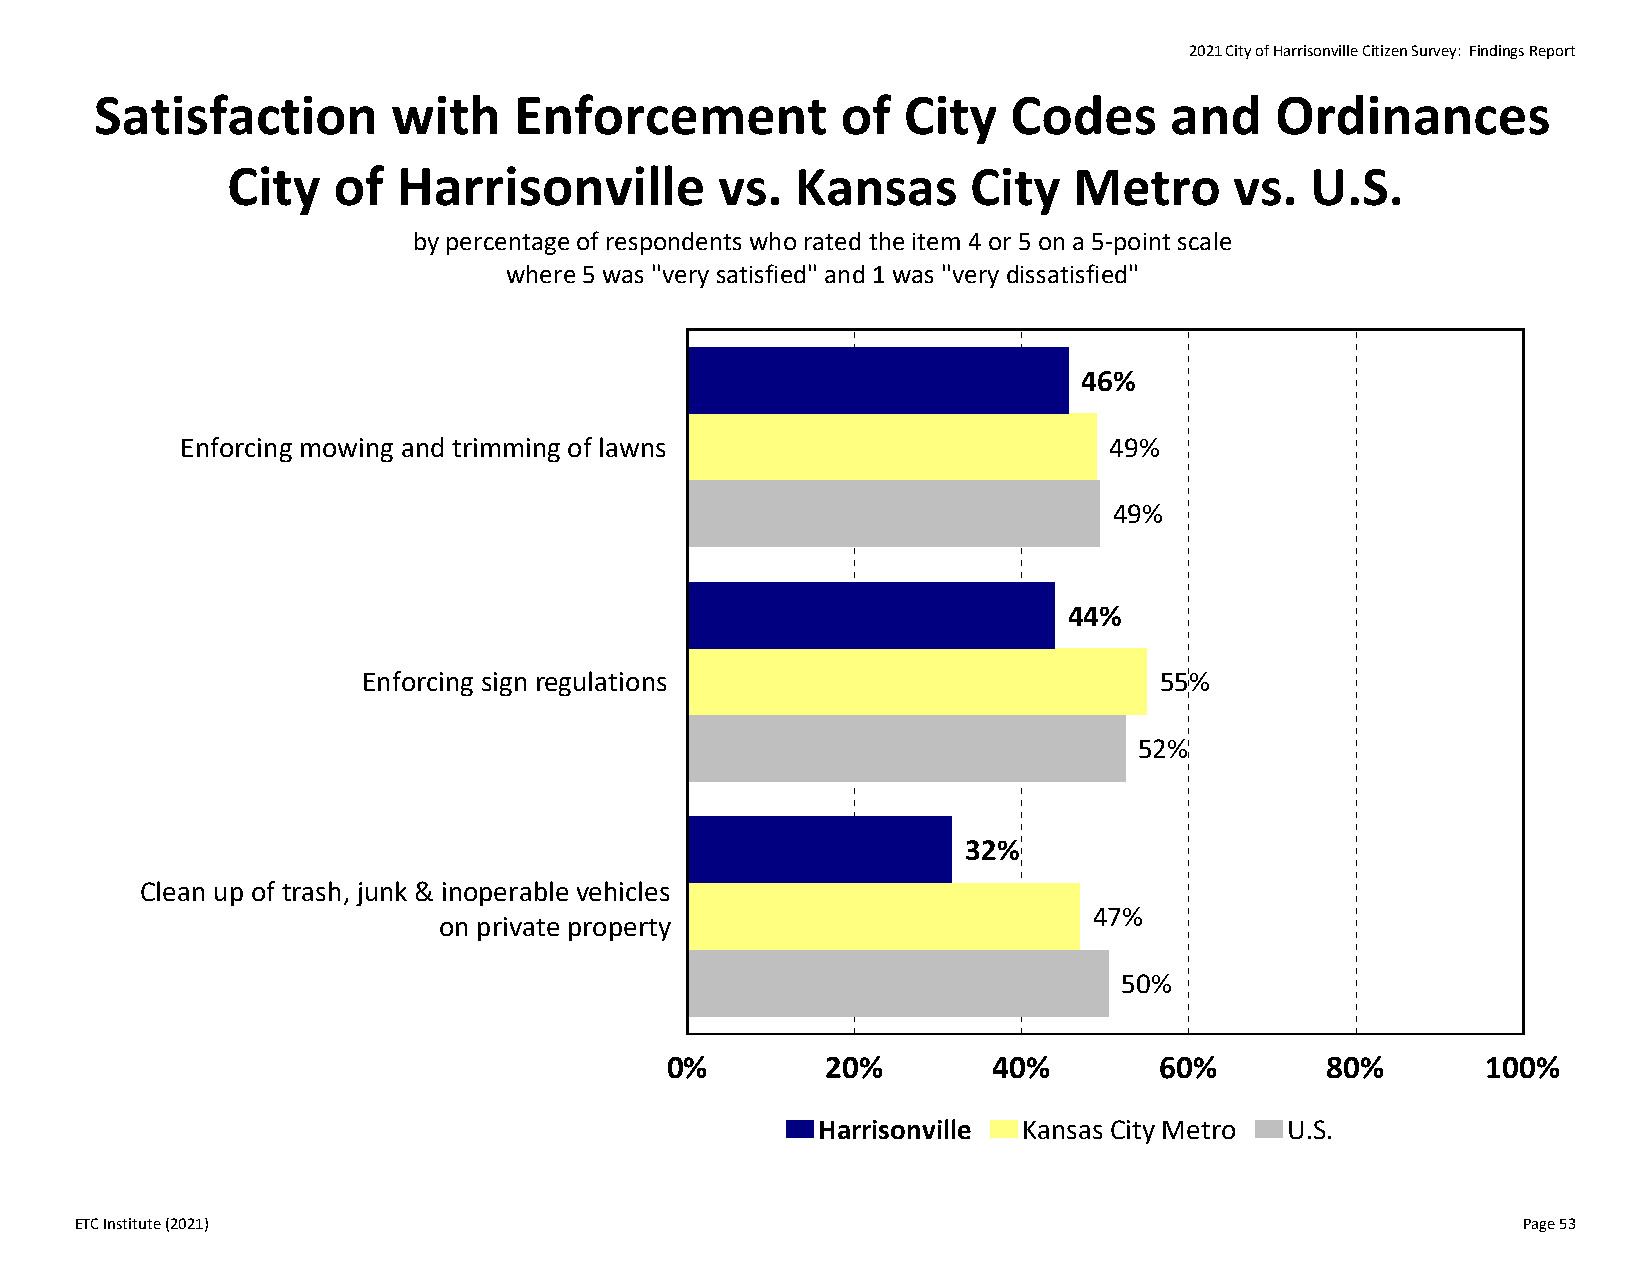
2021 City of Harrisonville Citizen Survey: Findings Report
 Satisfaction        with    Enforcement           of  City   Codes     and    Ordinances
 City   of  Harrisonville         vs.  Kansas     City   Metro      vs.  U.S.
 by percentage of respondents who rated the item 4 or 5 on a 5‐point scale
 where 5 was "very satisfied" and 1 was "very dissatisfied"
 46%
 Enforcing mowing and trimming of lawns                       49%
 49%
 44%
 Enforcing sign regulations                           55%
 52%
 32%
 Clean up of trash, junk & inoperable vehicles
 47%
 on private property
 50%
 0%         20%        40%        60%        80%       100%
 Harrisonville Kansas City Metro U.S.
 ETC Institute (2021)                                                                            Page 53